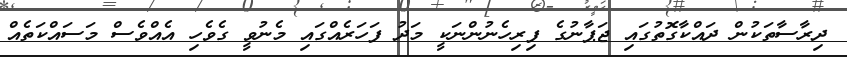
ދިރާސާތަކުން ދައްކާގޮތުގައި ޖަޕާނުގެ ފިރިހެނުންނަކީ މަދު ފަހަރެއްގައި މެނުވީ ގެވެހި އެއްވެސް މަސައްކަތެއް